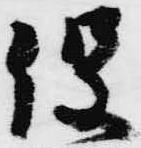
役